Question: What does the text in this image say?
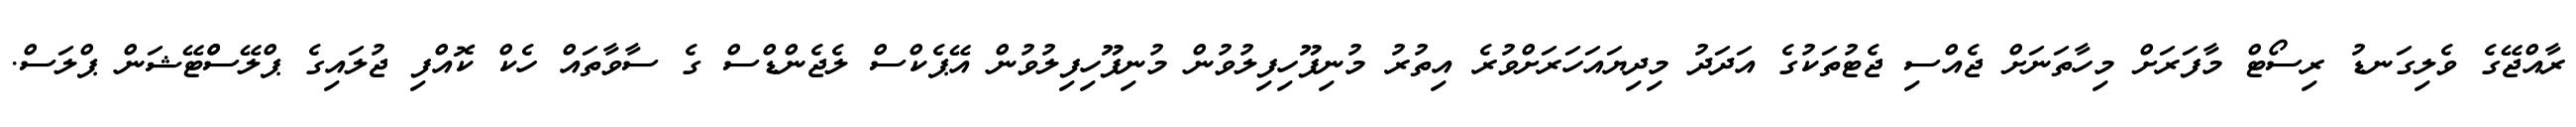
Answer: ރާއްޖޭގެ ވެލިގަނޑު ރިސޯޓް މާފަރަށް މިހާތަނަށް ޖެއްސި ޖެޓުތަކުގެ އަދަދު މިދިޔައަހަރަށްވުރެ އިތުރު މުނިފޫހިފިލުވުން މުނިފޫހިފިލުވުން އޭޕެކްސް ލެޖެންޑްސް ގެ ސާވާތައް ހެކް ކޮއްފި ޖުލައިގެ ޕްލޭސްްޓޭޝަން ޕްލަސް.